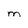
Character: M